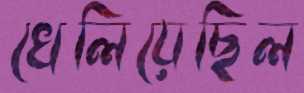
খেলিয়েছিল